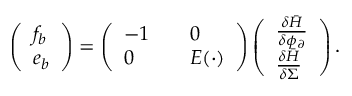
\begin{array} { r } { \left( \begin{array} { l } { f _ { b } } \\ { e _ { b } } \end{array} \right) = \left( \begin{array} { l l } { - 1 \quad } & { 0 } \\ { 0 \quad } & { E ( \cdot ) } \end{array} \right) \left( \begin{array} { l } { \frac { \delta \bar { H } } { \delta \phi _ { \partial } } } \\ { \frac { \delta \bar { H } } { \delta \Sigma } } \end{array} \right) . } \end{array}